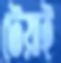
টেয়াই